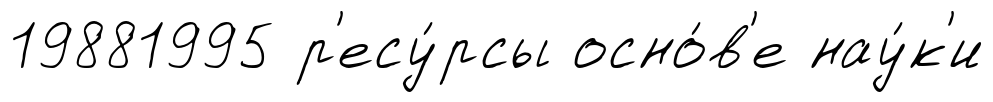
19881995 р'есу́рсы осно́в'е нау́к'и